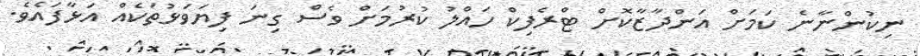
ނިކުންނާނެ ކަމަށް އަންދާޒާކޮށް ޓްރެފިކް ހައްލު ކުރުމަށް ވެސް ގިނަ ފިޔަވަޅުތަކެއް އަޅާފައެވެ.